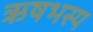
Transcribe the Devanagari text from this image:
ऋषभस्य